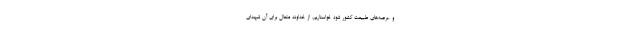
و عرصه‌های طبیعت کشور شود خواستاریم. از خداوند متعال برای آن شهدای